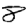
Digit: 8